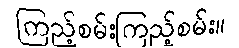
ကြည့်စမ်းကြည့်စမ်း။